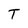
Character: T